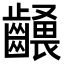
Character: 𪙢